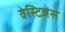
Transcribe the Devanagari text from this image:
वेस्टिजेस